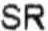
SR